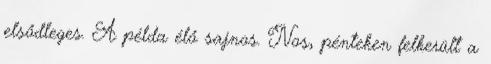
elsődleges. A példa élő sajnos. Nos, pénteken felkerült a